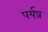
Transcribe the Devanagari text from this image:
पर्यप्र